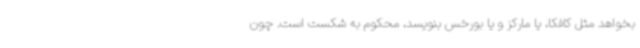
بخواهد مثل کافکا، یا مارکز و یا بورخس بنویسد، محکوم به شکست است. چون